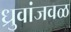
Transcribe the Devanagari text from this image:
ध्रुवांजवळ